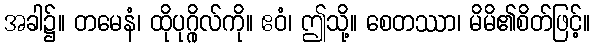
အခါ၌။ တမေနံ၊ ထိုပုဂ္ဂိုလ်ကို။ ဧဝံ၊ ဤသို့။ စေတဿာ၊ မိမိ၏စိတ်ဖြင့်။